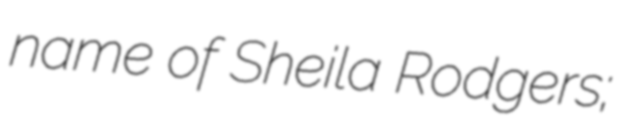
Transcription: name of Sheila Rodgers;